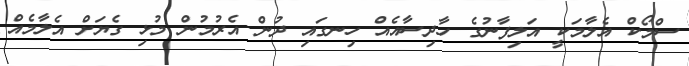
ސްމޯކް އެލާމަކީ އަލިފާނުގެ ހާދިސާއެއް ހިނގައި ދުން އެރުމުން މުޅި ގެޔަށް އެލާމެއް